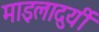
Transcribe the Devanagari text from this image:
माइलादुर्यी